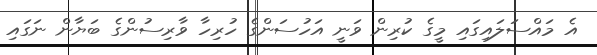
އެ މައްސަލައިގައި މީގެ ކުރިން ވަނީ އަހުސަންގެ ހުރިހާ ވާރިސުންގެ ބަޔާން ނަގައި